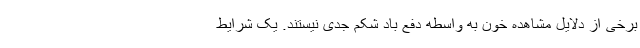
برخی از دلایل مشاهده خون به واسطه دفع باد شکم جدی نیستند. یک شرایط